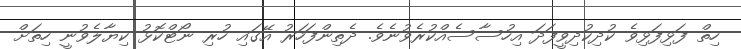
ހިތް ފަޅިފަޅިވެ ކުދިކުދިވީފަދަ އިހުސާސެއްކުރެވުނެވެ. ދެތިންފަހަރު އޭގައި ހުރި ނޯޓްކޮޅު ކިޔާލެވުނީ ހިތަށް